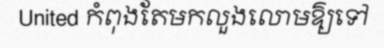
United កំពុងតែមកលួងលោមឱ្យទៅ